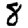
Digit: 8